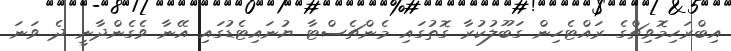
އިބްރަހިމޮވިޗްގެ ރައްޓެހިން ގަބޫލުކުރާ ގޮތުގައި މެންޗެސްޓާ ޔުނައިޓެޑުގައި އޭނާ ވެގެންދާނީ ދެ ވަނަ